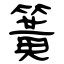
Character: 簧